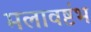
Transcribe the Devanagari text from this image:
मलावष्टंभ